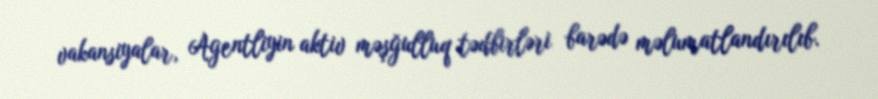
vakansiyalar, Agentliyin aktiv məşğulluq tədbirləri barədə məlumatlandırılıb.